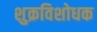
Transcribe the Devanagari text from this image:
शुक्रविशोधक